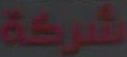
شركة